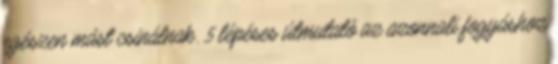
egészen mást csinálnak. 5 lépéses útmutató az azonnali fogyáshoz